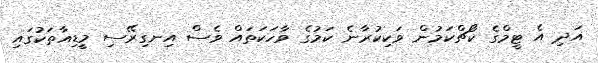
އަދި އެ ޓީމްގެ ކޯޗްކަމުން ވަކިކުރާނެ ކަމުގެ ވާހަކަތައް ވެސް އިނގިރޭސި މީޑިއާތަކުގައި